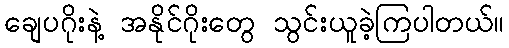
ချေပဂိုးနဲ့ အနိုင်ဂိုးတွေ သွင်းယူခဲ့ကြပါတယ်။